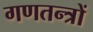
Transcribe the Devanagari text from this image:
गणतन्त्रों